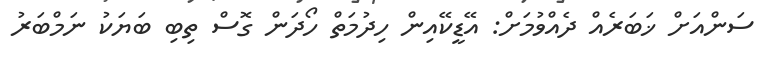
ސަންއަށް ޚަބަރެއް ދެއްވުމަށް: އޭޑީކޭއިން ހިދުމަތް ހޯދަން ގޮސް ތިބި ބަޔަކު ނަމްބަރު